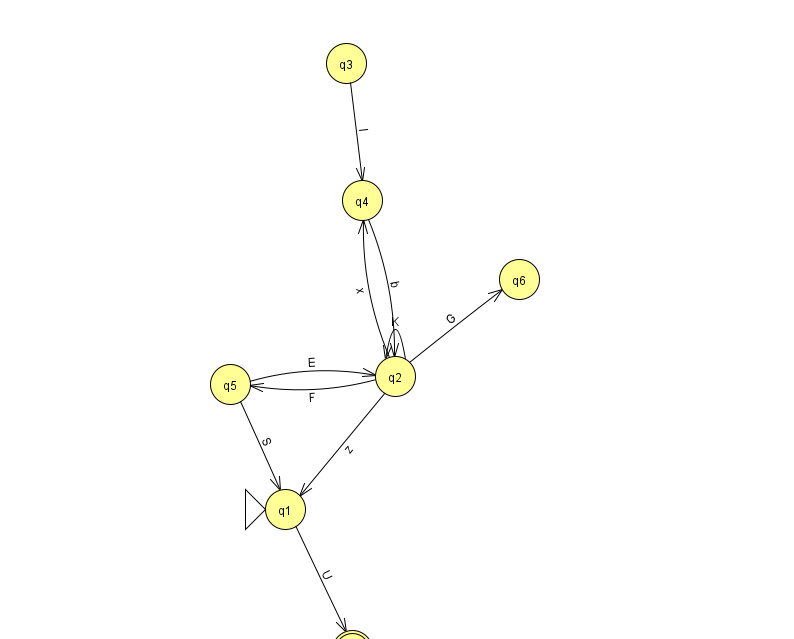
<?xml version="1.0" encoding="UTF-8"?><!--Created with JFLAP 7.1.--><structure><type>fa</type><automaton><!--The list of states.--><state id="0" name="q0"><x>490.0</x><y>651.0</y><final/></state><state id="1" name="q1"><x>285.0</x><y>496.0</y><initial/></state><state id="2" name="q2"><x>395.0</x><y>363.0</y></state><state id="3" name="q3"><x>346.0</x><y>50.0</y></state><state id="4" name="q4"><x>362.0</x><y>187.0</y></state><state id="5" name="q5"><x>230.0</x><y>371.0</y></state><state id="6" name="q6"><x>519.0</x><y>266.0</y></state><state id="7" name="q7"><x>352.0</x><y>637.0</y><final/></state><!--The list of transitions.--><transition><from>4</from><to>2</to><read>b</read></transition><transition><from>1</from><to>7</to><read>U</read></transition><transition><from>5</from><to>2</to><read>E</read></transition><transition><from>2</from><to>1</to><read>z</read></transition><transition><from>3</from><to>4</to><read>l</read></transition><transition><from>2</from><to>4</to><read>x</read></transition><transition><from>2</from><to>2</to><read>K</read></transition><transition><from>2</from><to>5</to><read>F</read></transition><transition><from>0</from><to>7</to><read>W</read></transition><transition><from>2</from><to>6</to><read>G</read></transition><transition><from>5</from><to>1</to><read>S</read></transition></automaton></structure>